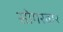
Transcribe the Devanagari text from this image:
सोगरवार